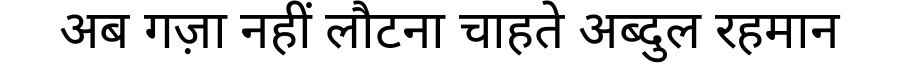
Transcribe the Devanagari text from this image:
अब गज़ा नहीं लौटना चाहते अब्दुल रहमान